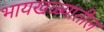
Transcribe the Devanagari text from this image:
भायखळ्यातील